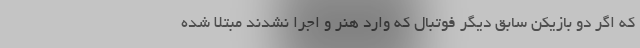
که اگر دو بازیکن سابق دیگر فوتبال که وارد هنر و اجرا نشدند مبتلا شده